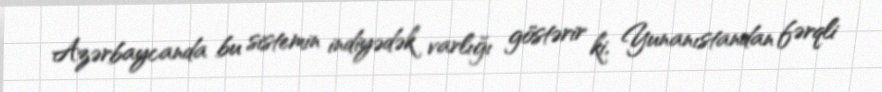
Azərbaycanda bu sistemin indiyədək varlığı göstərir ki, Yunanıstandan fərqli